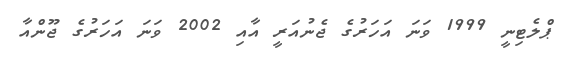
ޕްލެޓިނީ 1999 ވަނަ އަހަރުގެ ޖެނުއަރީ އާއި 2002 ވަނަ އަހަރުގެ ޖޫންއާ